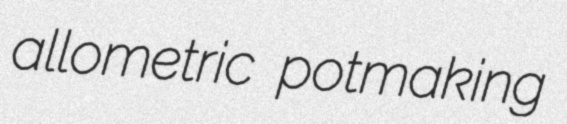
allometric potmaking